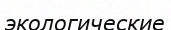
экологические